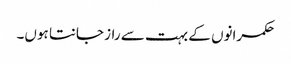
حکمرانوں کے بہت سے راز جانتا ہوں۔